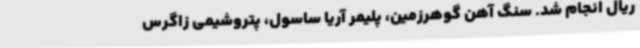
ریال انجام شد. سنگ آهن گوهرزمین، پلیمر آریا ساسول، پتروشیمی زاگرس